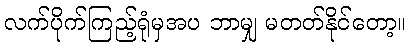
လက်ပိုက်ကြည့်ရုံမှအပ ဘာမျှ မတတ်နိုင်တော့။